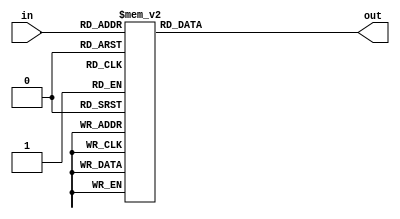
module rot_dec(
	input [3:0] in,
	output [10:0] out
);

	localparam ROT_BUS_R0 = 11'b10000000000;
	localparam ROT_BUS_R1 = 11'b10010000000;
	localparam ROT_BUS_R2 = 11'b10100000000;
	localparam ROT_BUS_R3 = 11'b10110000000;
	localparam ROT_BUS_R4 = 11'b11000000000;
	localparam ROT_BUS_R5 = 11'b11010000000;
	localparam ROT_BUS_R6 = 11'b11100000000;
	localparam ROT_BUS_R7 = 11'b11110000000;
	localparam ROT_BUS_IC = 11'b00001000000;
	localparam ROT_BUS_AC = 11'b00000100000;
	localparam ROT_BUS_AR = 11'b00000010000;
	localparam ROT_BUS_IR = 11'b00000001000;
	localparam ROT_BUS_SR = 11'b00000000100;
	localparam ROT_BUS_RZ = 11'b00000000010;
	localparam ROT_BUS_KB = 11'b00000000001;

	always @ (in) begin
		case (in)
			4'b0000 : out <= ROT_BUS_R0;
			4'b0001 : out <= ROT_BUS_R1;
			4'b0010 : out <= ROT_BUS_R2;
			4'b0011 : out <= ROT_BUS_R3;
			4'b0100 : out <= ROT_BUS_R4;
			4'b0101 : out <= ROT_BUS_R5;
			4'b0110 : out <= ROT_BUS_R6;
			4'b0111 : out <= ROT_BUS_R7;
			4'b1000 : out <= ROT_BUS_IC;
			4'b1001 : out <= ROT_BUS_AC;
			4'b1010 : out <= ROT_BUS_AR;
			4'b1011 : out <= ROT_BUS_IR;
			4'b1100 : out <= ROT_BUS_SR;
			4'b1101 : out <= ROT_BUS_RZ;
			4'b1110 : out <= ROT_BUS_KB;
			4'b1111 : out <= ROT_BUS_KB;
		endcase
	end

endmodule